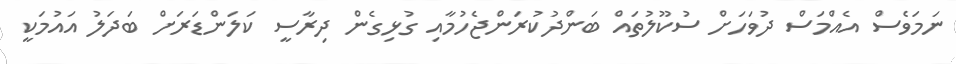
ނަމަވެސް އެއްމަސް ދުވަހަށް ސުކޫލުތައް ބަންދުކުރަންޖެހުމާއި ގުޅިގެން ދިރާސީ ކަލަންޑަރަށް ބަދަލު އައުމަކީ